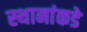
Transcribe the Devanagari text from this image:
स्थानांकडे